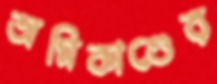
অগ্নিকাণ্ডের